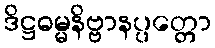
ဒိဋ္ဌဓမ္မနိဗ္ဗာနပ္ပတ္တော